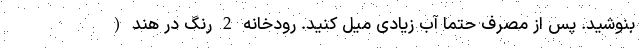
بنوشید. پس از مصرف حتما آب زیادی میل کنید. رودخانه 2 رنگ در هند (